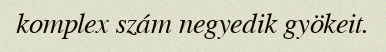
komplex szám negyedik gyökeit.